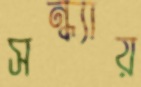
সন্ধ্যায়